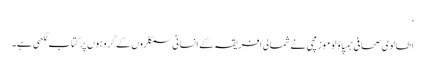
‘
اطالوی صحافی جمپاؤلو موزمچی نے شمالی افریقہ کے انسانی سمگلروں کے گروہوں پر کتاب لکھی ہے۔